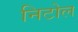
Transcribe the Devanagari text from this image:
निटोल